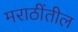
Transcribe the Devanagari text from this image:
मराठींतील